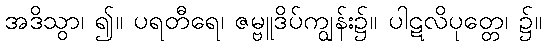
အဒိသွာ၊ ၍။ ပရတီရေ၊ ဇမ္ဗူဒိပ်ကျွန်း၌။ ပါဋလိပုတ္တေ၊ ၌။